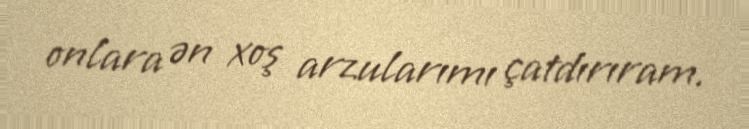
onlara ən xoş arzularımı çatdırıram.